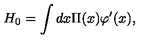
H _ { 0 } = \int d x \Pi ( x ) \varphi ^ { \prime } ( x ) ,